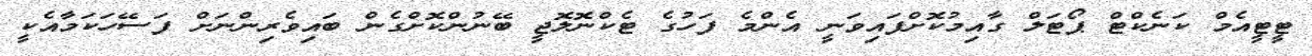
ޓީޓީއެމް ކަނެކްޓް ޕޯޓަލް ގާއިމުކޮށްފައިވަނީ އެންމެ ފަހުގެ ޓެކްނޮލޮޖީ ބޭނުންކޮށްގެން ބައިވެރިންނަށް ފަސޭހަކަމާއެކީ